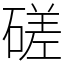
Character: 磋